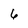
Character: 6